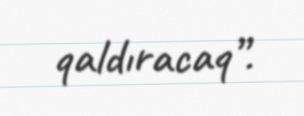
qaldıracaq”.